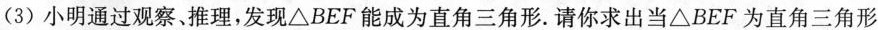
(3)小明通过观察、推理，发现△BEF能成为直角三角形.请你求出当△BEF为直角三角形